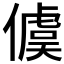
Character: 𪝭